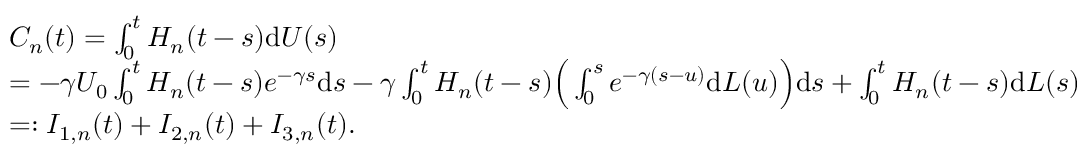
\begin{array} { r l } & { C _ { n } ( t ) = \int _ { 0 } ^ { t } H _ { n } ( t - s ) \mathrm { d } U ( s ) } \\ & { = - \gamma U _ { 0 } \int _ { 0 } ^ { t } H _ { n } ( t - s ) e ^ { - \gamma s } \mathrm { d } s - \gamma \int _ { 0 } ^ { t } H _ { n } ( t - s ) \Big ( \int _ { 0 } ^ { s } e ^ { - \gamma ( s - u ) } \mathrm { d } L ( u ) \Big ) \mathrm { d } s + \int _ { 0 } ^ { t } H _ { n } ( t - s ) \mathrm { d } L ( s ) } \\ & { = : I _ { 1 , n } ( t ) + I _ { 2 , n } ( t ) + I _ { 3 , n } ( t ) . } \end{array}